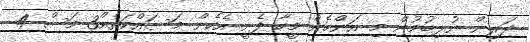
ދަރިން ނުލިބުމުން މި އަންހެން މީހާ ފެށީ އެހެން މަސައްކަތެއް3 މަސް 4